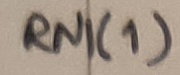
Text: RN1(1)